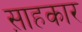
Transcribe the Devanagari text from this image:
स़ाहकार